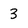
Character: 3